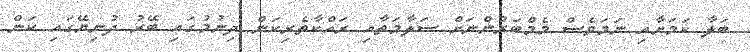
ބަލާ ކަމަށާއި ނަމަވެސް މެމްބަރުންނަށް ސަލާމަތާއި ރައްކާތެރިކަން ދިނުމުގައި ބޭރު ދުނިޔޭގައި ކަން